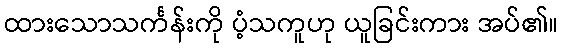
ထားသောသင်္ကန်းကို ပံ့သကူဟု ယူခြင်းကား အပ်၏။